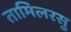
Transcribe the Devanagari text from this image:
तामिलरसु